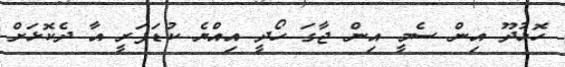
ހޮޅުދޫ އިން ސެމީ އިން ޖާގަ ހޯދީ އިއްޔެ ކުޑަފަރީ އާ ދެކޮޅަށް